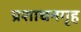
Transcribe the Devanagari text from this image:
प्रशाधनगृह